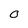
Character: O